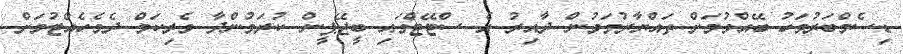
ޑިސެމްބަރުމަހު ބޭއްވުމަށް ތައްޔާރުވަމުން ދާއިރު އެ ސްޓޭޓްގައި ބީޖޭޕީން ކުރަމުންދާ ވެރިކަމް ދެމެހެއްޓުމަށް